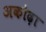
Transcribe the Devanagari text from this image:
अकोढ़ा